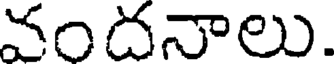
వందనాలు.